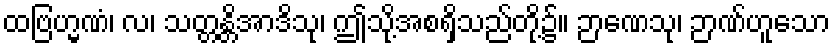
ထဗြဟ္မဏံ၊ လ၊ သတ္တန္တိအာဒိသု၊ ဤသို့အစရှိသည်တို့၌။ ဉာဏေသု၊ ဉာဏ်ဟူသော